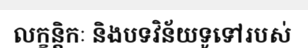
លក្ខន្តិកៈ និងបទវិន័យទូទៅរបស់